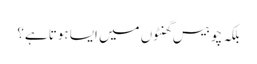
بلکہ چوبیس گھنٹوں میں ایسا ہوتا ہے؟